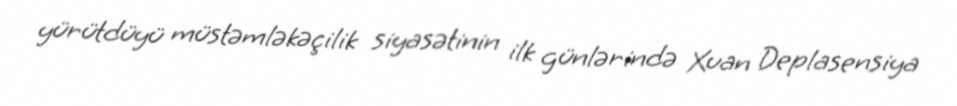
yürütdüyü müstəmləkəçilik siyasətinin ilk günlərində Xuan Deplasensiya